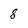
Character: 8